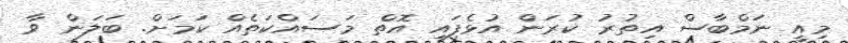
މިއީ ނަމްބާސް އިތުރު ކުރަން އުޅެފައި އޮތް މަސައްކަތެއް ކަމަށް. ބަލަން ވާ